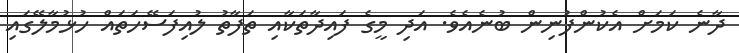
ދާނެ ކަމަށް އެކުންފުނިން ބުނެއެވެ. އަދި މީގެ ފައިދާތަކާއި ތަފާތު ލުއިފަސޭހަތައް ހުޅުމާލޭގައި